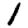
Digit: 1